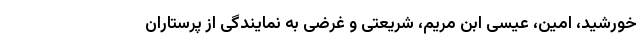
خورشید، امین، عیسی ابن مریم، شریعتی و غرضی به نمایندگی از پرستاران